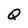
Character: Q